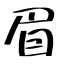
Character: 眉